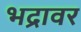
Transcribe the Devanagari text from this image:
भद्रावर